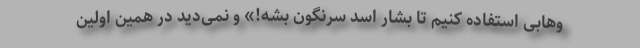
وهابی استفاده کنیم تا بشار اسد سرنگون بشه!» و نمی‌دید در همین اولین